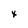
Character: x